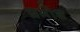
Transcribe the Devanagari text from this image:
प्रमोध